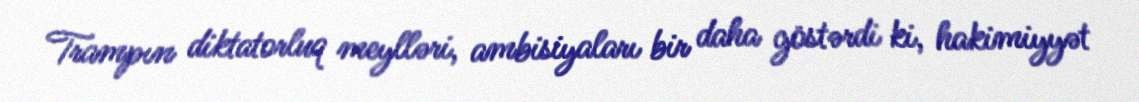
Trampın diktatorluq meylləri, ambisiyaları bir daha göstərdi ki, hakimiyyət